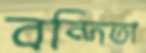
বন্দিতা